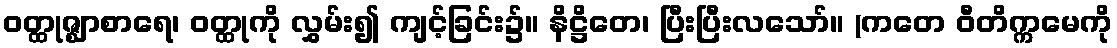
ဝတ္ထုဇ္ဈာစာရေ၊ ဝတ္ထုကို လွှမ်း၍ ကျင့်ခြင်း၌။ နိဋ္ဌိတေ၊ ပြီးပြီးလသော်။ (ကတေ ဝီတိက္ကမေကို